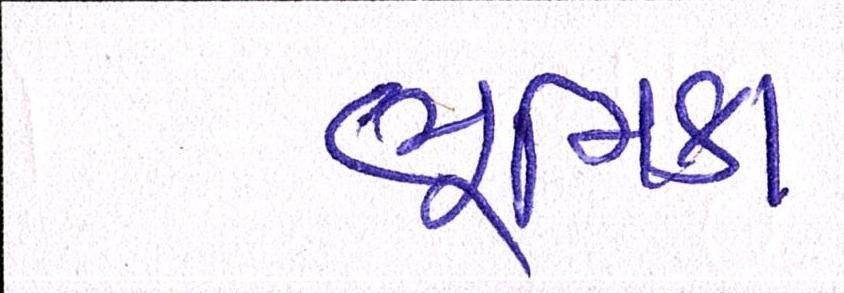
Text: ભૂમિકા